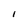
Character: l